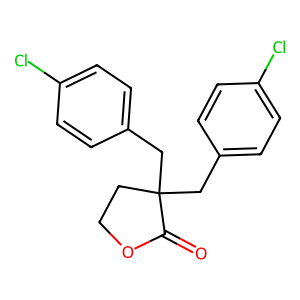
SMILES: O=C1OCCC1(Cc1ccc(Cl)cc1)Cc1ccc(Cl)cc1
Inhibits HIV replication: No